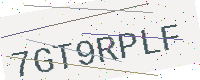
Text: 7GT9RPLF